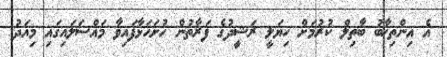
އެ އިންތިޚާބު ބާތިލް ކުރުމަށް ހިޔަލީ ރަޝީދުގެ ފަރާތުން ހުށަހަޅާފައިވާ މައްސަލައިގައި މިއަދު